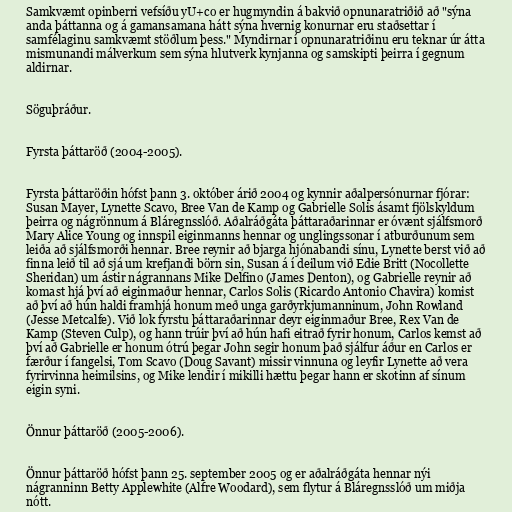
Samkvæmt opinberri vefsíðu yU+co er hugmyndin á bakvið opnunaratriðið að "sýna
anda þáttanna og á gamansamana hátt sýna hvernig konurnar eru staðsettar í
samfélaginu samkvæmt stöðlum þess." Myndirnar í opnunaratriðinu eru teknar úr átta
mismunandi málverkum sem sýna hlutverk kynjanna og samskipti þeirra í gegnum
aldirnar.

Söguþráður.

Fyrsta þáttaröð (2004-2005).

Fyrsta þáttaröðin hófst þann 3. október árið 2004 og kynnir aðalpersónurnar fjórar:
Susan Mayer, Lynette Scavo, Bree Van de Kamp og Gabrielle Solis ásamt fjölskyldum
þeirra og nágrönnum á Bláregnsslóð. Aðalráðgáta þáttaraðarinnar er óvænt sjálfsmorð
Mary Alice Young og innspil eiginmanns hennar og unglingssonar í atburðunum sem
leiða að sjálfsmorði hennar. Bree reynir að bjarga hjónabandi sínu, Lynette berst við að
finna leið til að sjá um krefjandi börn sin, Susan á í deilum við Edie Britt (Nocollette
Sheridan) um ástir nágrannans Mike Delfino (James Denton), og Gabrielle reynir að
komast hjá því að eiginmaður hennar, Carlos Solis (Ricardo Antonio Chavira) komist
að því að hún haldi framhjá honum með unga garðyrkjumanninum, John Rowland
(Jesse Metcalfe). Við lok fyrstu þáttaraðarinnar deyr eiginmaður Bree, Rex Van de
Kamp (Steven Culp), og hann trúir því að hún hafi eitrað fyrir honum, Carlos kemst að
því að Gabrielle er honum ótrú þegar John segir honum það sjálfur áður en Carlos er
færður í fangelsi, Tom Scavo (Doug Savant) missir vinnuna og leyfir Lynette að vera
fyrirvinna heimilsins, og Mike lendir í mikilli hættu þegar hann er skotinn af sínum
eigin syni.

Önnur þáttaröð (2005-2006).

Önnur þáttaröð hófst þann 25. september 2005 og er aðalráðgáta hennar nýi
nágranninn Betty Applewhite (Alfre Woodard), sem flytur á Bláregnsslóð um miðja
nótt.